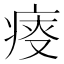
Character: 𤶟